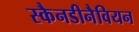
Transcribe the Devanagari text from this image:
स्कैनडीनैवियन